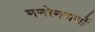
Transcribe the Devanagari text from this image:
मनोनयनों